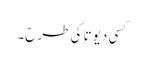
کسی دیوتا کی طرح۔